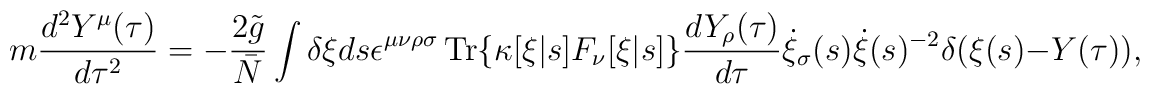
m \frac{d^2Y^\mu(\tau)}{d\tau^2} = - \frac{2 \tilde{g}}{\bar{N}}   \int \delta \xi ds \epsilon^{\mu\nu\rho\sigma} \,\mbox{\rm Tr}\{\kappa[\xi|s]   F_\nu[\xi|s] \} \frac{dY_\rho(\tau)}{d\tau} \dot{\xi}_\sigma(s)   \dot{\xi}(s)^{-2} \delta(\xi(s)-Y(\tau)),